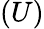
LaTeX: (U)